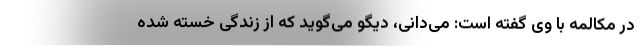
در مکالمه با وی گفته است: می‌دانی، دیگو می‌گوید که از زندگی خسته شده